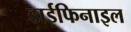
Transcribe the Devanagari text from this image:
डाईफिनाइल